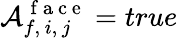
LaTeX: \mathcal{A}_{f,\, i,\, j}^{\mathrm{~f~a~c~e~}}=true